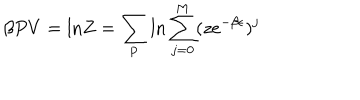
\beta P V = \mathrm { l n } Z = \sum _ { \bf p } \mathrm { l n } \sum _ { j = 0 } ^ { \mathrm { M } } ( z e ^ { - \beta \epsilon } ) ^ { j }